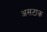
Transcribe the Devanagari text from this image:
असटाक